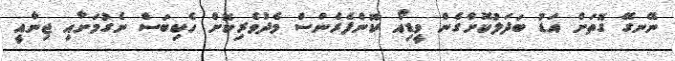
ނޭނގޭ ގޮތަށް އަޑު ބަދަލުކޮށްގެން ވީޑިއޯ ކޮންފެރެންސް މެދުވެރިކޮށް ހެކިބަސް ނެގުމަށާއި ޖިނާއީ